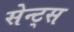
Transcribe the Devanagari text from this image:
सेन्ट्स